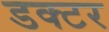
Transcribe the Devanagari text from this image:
डक्टर